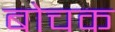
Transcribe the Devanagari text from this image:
बोचक